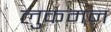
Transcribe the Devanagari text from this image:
लुकमन